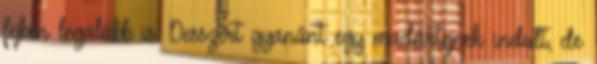
fejben legalább is. Desszert gyanánt egy madártejnek indult, de